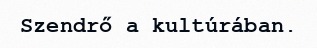
Szendrő a kultúrában.